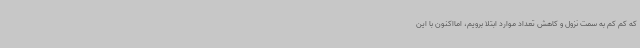
که کم کم به سمت نزول و کاهش تعداد موارد ابتلا برویم، امااکنون با این